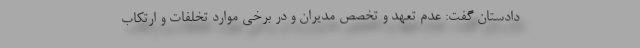
دادستان گفت: عدم تعهد و تخصص مدیران و در برخی موارد تخلفات و ارتکاب